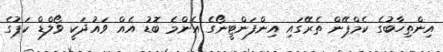
އިންތިހާބުގެ ކެމްޕޭން ތެރޭގައި އިންފަންޓީނޯގެ އެންމެ ބޮޑު އެއް ވައުދަކީ ވޯލްޑް ކަޕުގެ